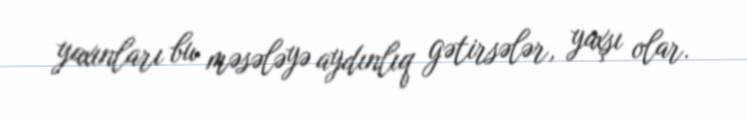
yaxınları bu məsələyə aydınlıq gətirsələr, yaxşı olar.